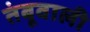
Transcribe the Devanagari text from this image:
तंबूवाली